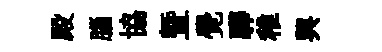
殿腦協曁覺驊稚興